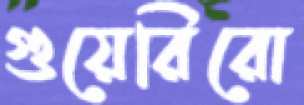
গুয়েরিরো